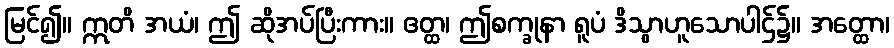
မြင်၍။ ဣတိ အယံ၊ ဤ ဆိုအပ်ပြီးကား။ ဧတ္ထ၊ ဤစက္ခုနာ ရူပံ ဒိသွာဟူသောပါဌ်၌။ အတ္ထော၊